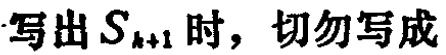
写出 \(S_{k + 1}\) 时，切勿写成